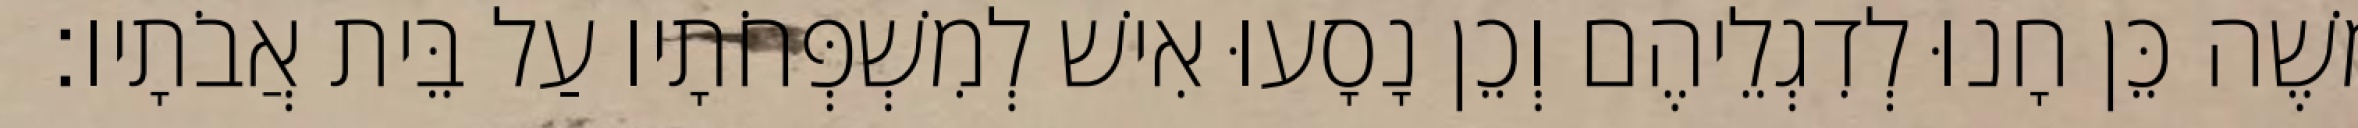
משֶׁה כֵּן חָנוּ לְדִגְלֵיהֶם וְכֵן נָסָעוּ אִישׁ לְמִשְׁפְּחֹתָיו עַל בֵּית אֲבֹתָיו׃